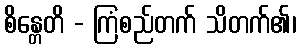
စိန္တေတိ - ကြံစည်တက် သိတက်၏၊